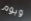
ويوم